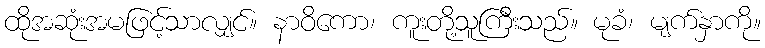
ထိုအဆုံးအမဖြင့်သာလျှင်။ နာဝိကော၊ ကူးတို့သူကြီးသည်။ မုခံ၊ မျက်နှာကို။